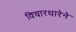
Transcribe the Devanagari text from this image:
विचारधारेने